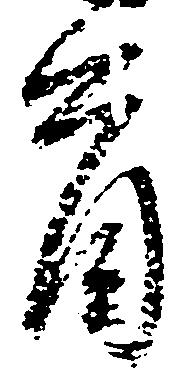
首